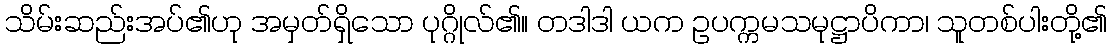
သိမ်းဆည်းအပ်၏ဟု အမှတ်ရှိသော ပုဂ္ဂိုလ်၏။ တဒါဒါ ယက ဥပက္ကမသမုဋ္ဌာပိကာ၊ သူတစ်ပါးတို့၏